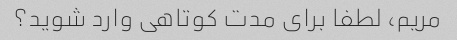
مریم، لطفا برای مدت کوتاهی وارد شوید؟